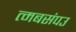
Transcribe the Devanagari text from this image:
त्मबसंपउ